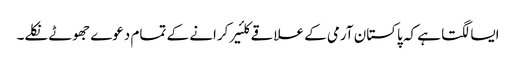
ایسا لگتا ہے کہ پاکستان آرمی کے علاقے کلئیر کرانے کے تمام دعوے جھوٹے نکلے۔